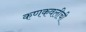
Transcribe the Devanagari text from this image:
कणकवलीची